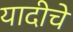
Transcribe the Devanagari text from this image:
यादीचे